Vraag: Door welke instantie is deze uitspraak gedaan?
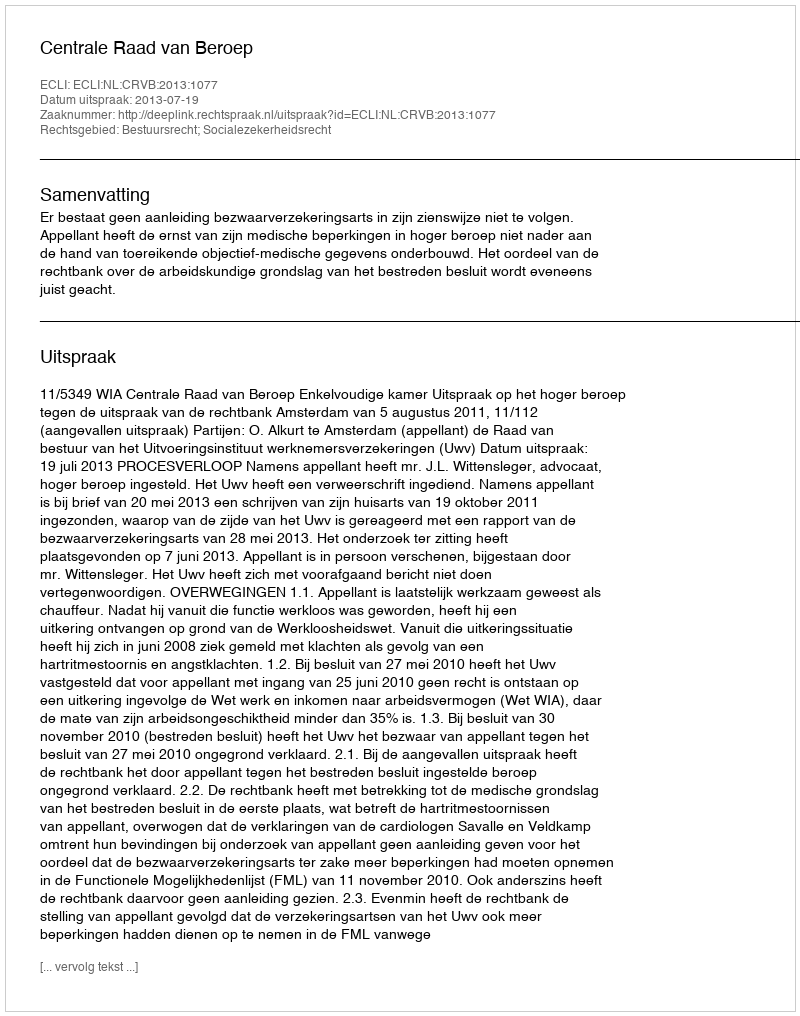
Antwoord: Centrale Raad van Beroep